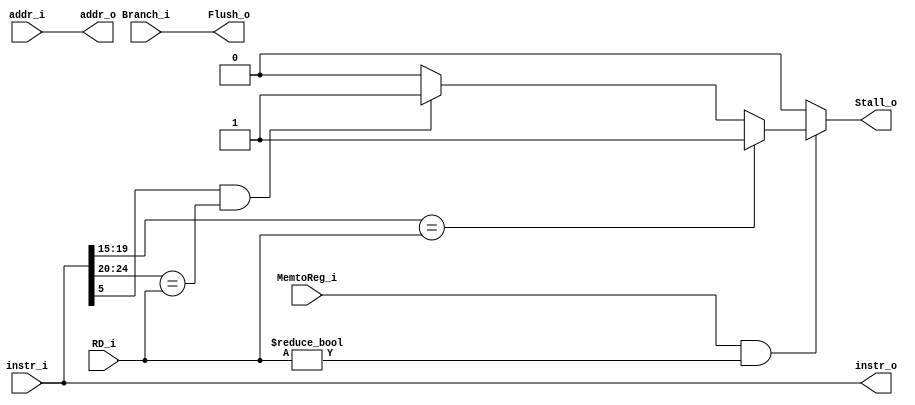
module HazardDetection(
    //stall
    input         MemtoReg_i,    //1 iff lw 
    input  [4:0]  RD_i,
    input  [31:0] instr_i,
    input  [31:0] addr_i,
    output        Stall_o,
    output [31:0] instr_o,
    output [31:0] addr_o,
    //flush
    input         Branch_i,
    output        Flush_o
);

reg         Stall_o;
reg         Flush_o;

assign instr_o = instr_i;
assign addr_o = addr_i;

always @* begin
    Stall_o = 0;
    if (MemtoReg_i&&RD_i!=0) begin
        if (instr_i[19:15]==RD_i)
            Stall_o = 1;
        else if (instr_i[5]==1'b1&&instr_i[24:20]==RD_i)
            Stall_o = 1;
    end
    Flush_o = Branch_i;
end

endmodule